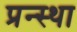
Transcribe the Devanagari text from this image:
प्रन्स्था